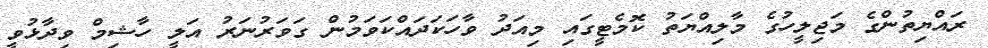
ރައްޔިތުންގެ މަޖިލީހުގެ މާލިއްޔަތު ކޮމެޓީގައި މިއަދު ވާހަކަދައްކަވަމުން ގަވަރުނަރު އަލީ ހާޝިމް ވިދާޅުވީ